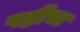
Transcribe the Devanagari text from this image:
षष्ठीचा